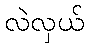
လဲလှယ်